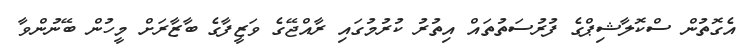
އެގޮތުން ސްކޮލާޝިޕްގެ ފުރުސަތުތައް އިތުރު ކުރުމުގައި ރާއްޖޭގެ ވަޒީފާގެ ބާޒާރަށް މީހުން ބޭނުންވާ